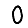
Digit: 0